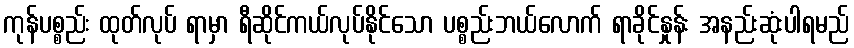
ကုန်ပစ္စည်း ထုတ်လုပ် ရာမှာ ရီဆိုင်ကယ်လုပ်နိုင်သော ပစ္စည်းဘယ်လောက် ရာခိုင်နှုန်း အနည်းဆုံးပါရမည်